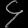
Digit: ၄